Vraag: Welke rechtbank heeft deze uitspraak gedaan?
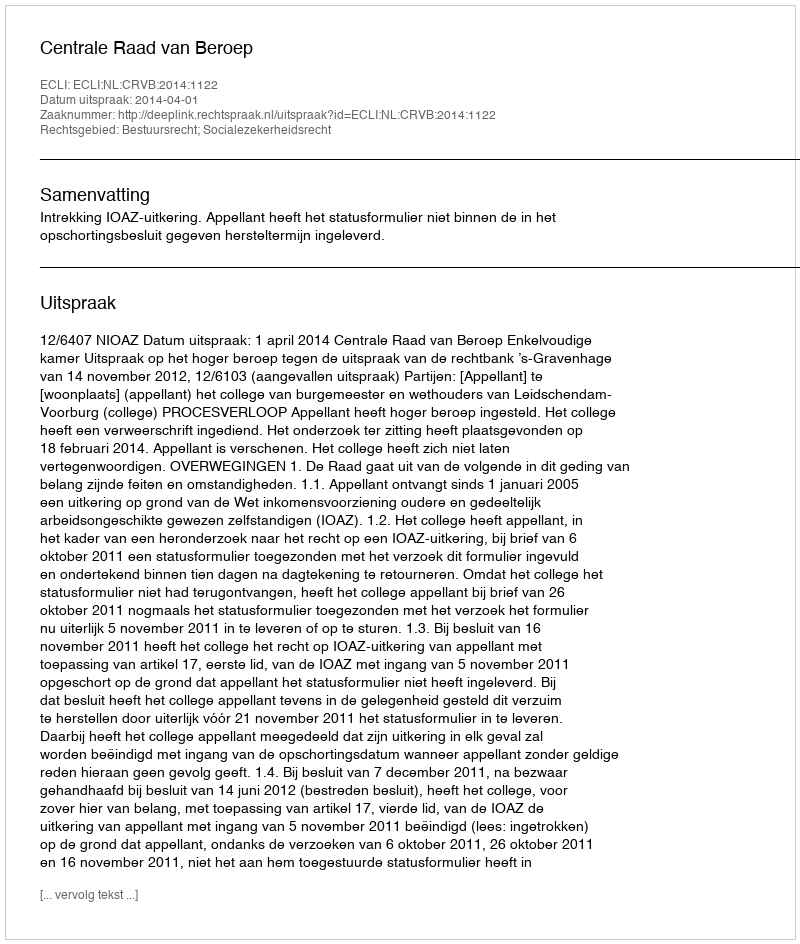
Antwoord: Centrale Raad van Beroep